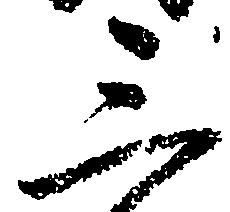
三